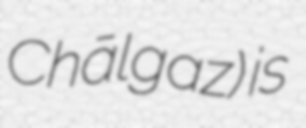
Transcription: Chālgaz) is